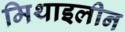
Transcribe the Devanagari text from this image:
मिथाइलीन